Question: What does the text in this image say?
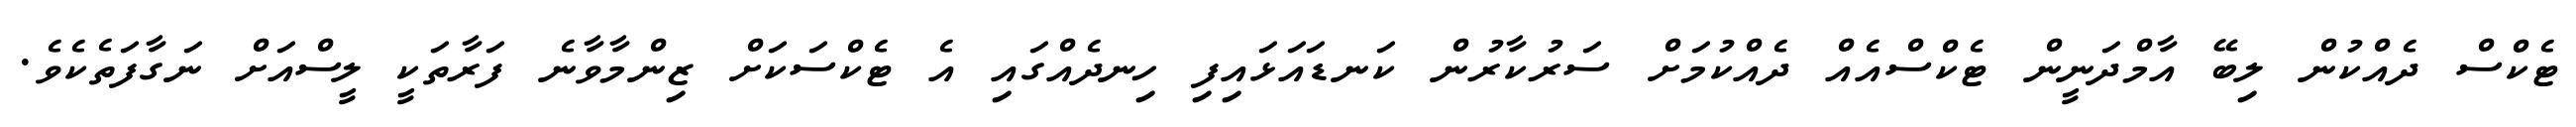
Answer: ޓެކްސް ދެއްކުން ލިބޭ އާމްދަނީން ޓެކްސްއެއް ދެއްކުމަށް ސަރުކާރުން ކަނޑައަޅައިފި ހިނދެއްގައި އެ ޓެކްސަކަށް ޒިންމާވާނެ ފަރާތަކީ ލީސްއަށް ނަގާފަތެކެވެ.